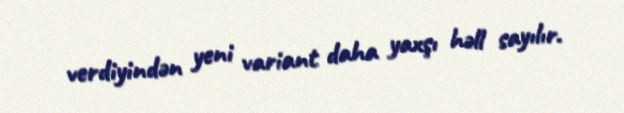
verdiyindən yeni variant daha yaxşı həll sayılır.